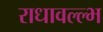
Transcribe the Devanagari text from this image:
राधावल्ल्भ